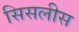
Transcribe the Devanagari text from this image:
सिसलीस